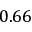
0 . 6 6